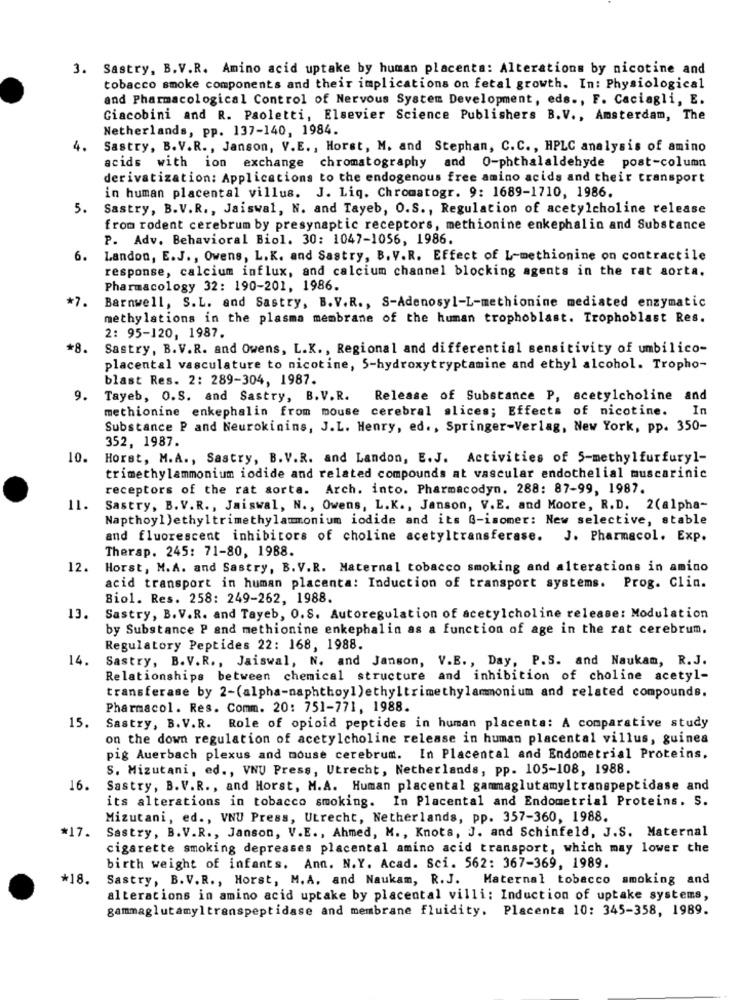
3. Sastry, B.V.R. Amino acid uptake by human placenta: Alterations by nicotine and
tobacco smoke components and their implications on fetal growth. In: Physiological
and Pharmacological Control of Nervous System Development, eds ., F. Caciagli, E.
Giacobini and R. Paoletti, Elsevier Science Publishers B.V ., Amsterdam, The
Netherlands, pp. 137-140, 1984.
4.
Sastry, B.V.R ., Janson, V.E ., Horst, M. and Stephan, C.C ., HPLC analysis of amino
acids with ion exchange chromatography and 0-phthalaldehyde post-column
derivatization: Applications to the endogenous free amino acids and their transport
in human placental villus. J. Liq. Chromatogr. 9: 1689-1710, 1986.
5.
Sastry, B.V.R ., Jaiswal, N. and Tayeb, O.S ., Regulation of acetylcholine release
from rodent cerebrum by presynaptic receptors, methionine enkephalin and Substance
P. Adv. Behavioral Biol. 30: 1047-1056, 1986.
6.
Landon, E.J ., Owens, L.K. and Sastry, B. V.R. Effect of L-methionine on contractile
response, calcium influx, and calcium channel blocking agents in the rat aorta.
Pharmacology 32: 190-201, 1986.
*7.
Barnwell, S.L. and Sastry, B.V.R ., S-Adenosyl-L-methionine mediated enzymatic
methylations in the plasma membrane of the human trophoblast. Trophoblast Res.
2: 95-120, 1987.
*8.
Sastry, B.V.R. and Owens, L.K ., Regional and differential sensitivity of umbilico-
placental vasculature to nicotine, 5-hydroxytryptamine and ethyl alcohol. Tropho-
blast Res. 2: 289-304, 1987.
9.
Tayeb, O.S. and Sastry, B. V.R.
Release of Substance P, acetylcholine and
methionine enkephalin from mouse cerebral slices; Effects of nicotine.
In
Substance P and Neurokinins, J.L. Henry, ed. , Springer-Verlag, New York, pp. 350-
352, 1987.
10.
Horst, M.A ., Sastry, B. V.R. and Landon, E.J. Activities of 5-methylfurfuryl-
trimethylammonium iodide and related compounds at vascular endothelial muscarinic
receptors of the rat sorta. Arch. into. Pharmacodyn. 288: 87-99, 1987.
11.
Sastry, B.V.R ., Jaiswal, N ., Owens, L.K ., Janson, V.E. and Moore, R.D. 2(alpha-
Napthoy1 )ethyltrimethylammonium iodide and its G-isomer: New selective, stable
and fluorescent inhibitors of choline acetyltransferase. J. Pharmacol. Exp.
Therap. 245: 71-80, 1988.
12.
Horst, M. A. and Sastry, B. V.R. Maternal tobacco smoking and alterations in amino
acid transport in human placenta: Induction of transport systems. Prog. Clin.
Biol. Res. 258: 249-262, 1988.
13.
Sastry, B.V.R. and Tayeb, O.S. Autoregulation of acetylcholine release: Modulation
by Substance P and methionine enkephalin as a function of age in the rat cerebrum.
Regulatory Peptides 22: 168, 1988.
14.
Sastry, B.V.R ., Jaiswal, N. and Janson, V.B ., Day, P.S. and Naukam, R.J.
Relationships between chemical structure and inhibition of choline acetyl-
transferase by 2-(alpha-naphthoy])ethyltrimethylammonium and related compounds.
Pharmacol. Res. Comm. 20: 751-771, 1988.
15.
Sastry, B.V.R. Role of opioid peptides in human placenta: A comparative study
on the down regulation of acetylcholine release in human placental villus, guinea
pig Auerbach plexus and mouse cerebrum. In Placental and Endometrial Proteins.
S. Mizutani, ed ., VNU Press, Utrecht, Netherlands, pp. 105-108, 1988.
16.
Sastry, B.V.R ., and Horst, M.A. Human placental gammaglutamyltranspeptidase and
its alterations in tobacco smoking. In Placental and Endometrial Proteins. S.
Mizutani, ed ., VNU Press, Utrecht, Netherlands, pp. 357-360, 1988.
*17.
Sastry, B.V.R ., Janson, V.E ., Ahmed, M ., Knots, J. and Schinfeld, J.S. Maternal
cigarette smoking depresses placental amino acid transport, which may lower the
birth weight of infants. Ann. N.Y. Acad. Sci. 562: 367-369, 1989.
*18.
Sastry, B.V.R ., Horst, M. A. and Naukam, R.J. Maternal tobacco smoking and
alterations in amino acid uptake by placental villi: Induction of uptake systems,
gammaglutamyltranspeptidase and membrane fluidity. Placenta 10: 345-358, 1989.